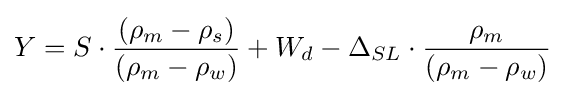
Y=S\cdot {\frac {(\rho _{m}-\rho _{s})}{(\rho _{m}-\rho _{w})}}+W_{d}-\Delta _{SL}\cdot {\frac {\rho _{m}}{(\rho _{m}-\rho _{w})}}